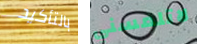
بالتأكيد لاتلمسني